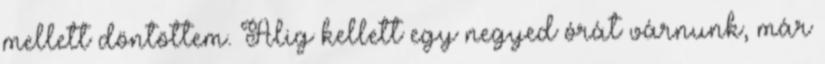
mellett döntöttem. Alig kellett egy negyed órát várnunk, már